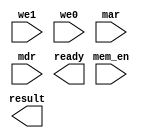
`timescale 1ns / 1ps
//////////////////////////////////////////////////////////////////////////////////
// Company: 
// Engineer: 
// 
// Design Name: 
// Module Name: mem_ctrl
// Project Name: 
// Target Devices: 
// Tool Versions: 
// Description: 
// 
// Dependencies: 
// 
// Revision:
// Revision 0.01 - File Created
// Additional Comments:
// 
//////////////////////////////////////////////////////////////////////////////////


module mem_ctrl(
    input we1,
    input we0,
    input [15:0] mar,
    input [15:0] mdr,
    input mem_en,
    output ready,
    output [15:0] result
    );
endmodule